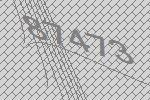
87473